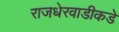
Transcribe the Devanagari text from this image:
राजधेरवाडीकडे